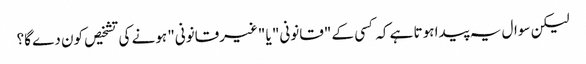
لیکن سوال یہ پیدا ہوتا ہے کہ کسی کے "قانونی" یا "غیرقانونی" ہونے کی تشخیص کون دے گا؟